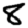
Digit: 8